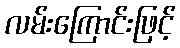
လမ်းကြောင်းဖြင့်